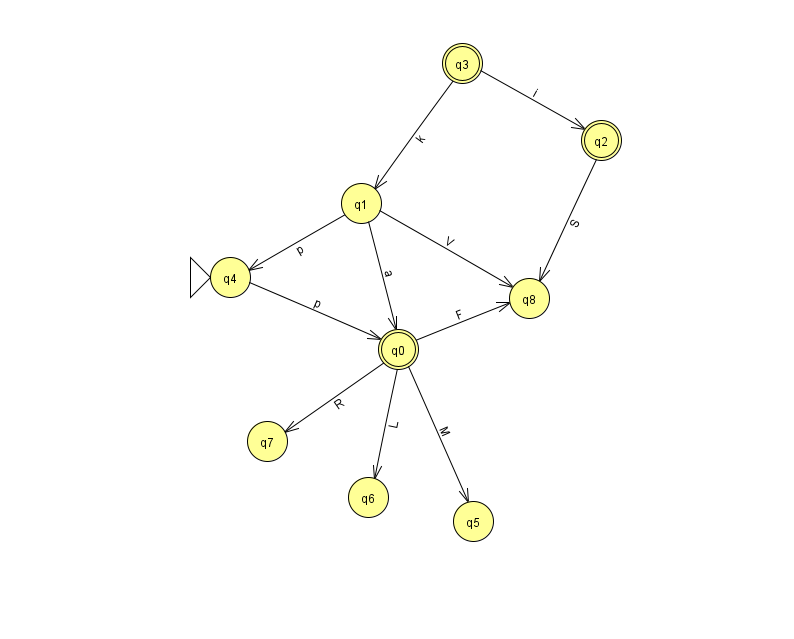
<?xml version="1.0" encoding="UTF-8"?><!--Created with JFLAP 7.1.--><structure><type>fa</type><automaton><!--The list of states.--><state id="0" name="q0"><x>398.0</x><y>336.0</y><final/></state><state id="1" name="q1"><x>361.0</x><y>190.0</y></state><state id="2" name="q2"><x>601.0</x><y>127.0</y><final/></state><state id="3" name="q3"><x>462.0</x><y>50.0</y><final/></state><state id="4" name="q4"><x>230.0</x><y>264.0</y><initial/></state><state id="5" name="q5"><x>473.0</x><y>508.0</y></state><state id="6" name="q6"><x>368.0</x><y>484.0</y></state><state id="7" name="q7"><x>267.0</x><y>428.0</y></state><state id="8" name="q8"><x>529.0</x><y>285.0</y></state><!--The list of transitions.--><transition><from>0</from><to>8</to><read>F</read></transition><transition><from>4</from><to>0</to><read>p</read></transition><transition><from>0</from><to>7</to><read>R</read></transition><transition><from>3</from><to>2</to><read>i</read></transition><transition><from>1</from><to>0</to><read>a</read></transition><transition><from>1</from><to>4</to><read>p</read></transition><transition><from>1</from><to>8</to><read>V</read></transition><transition><from>2</from><to>8</to><read>S</read></transition><transition><from>0</from><to>6</to><read>L</read></transition><transition><from>0</from><to>5</to><read>M</read></transition><transition><from>3</from><to>1</to><read>k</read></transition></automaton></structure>